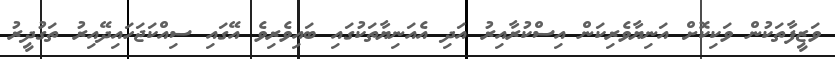
ވަޒީފާތަކުން ވަކިކޮށް އަނިޔާވެރިކަން އިސްކުރާއިރު އަދި އެއަނިޔާތަކުގައި ބައިވެރިވެ އޭގައި ސިއްކަޖަހައިދޭއިރު ތަގުދީރު